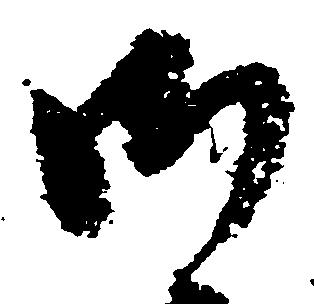
御